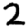
Digit: 2